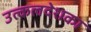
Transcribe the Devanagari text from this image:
उत्कलदेशका